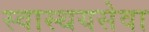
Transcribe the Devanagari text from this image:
स्वास्थयसेवा